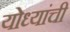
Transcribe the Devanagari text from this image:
योध्यांची